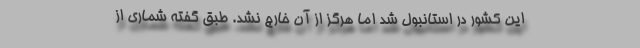
این کشور در استانبول شد اما هرگز از آن خارج نشد. طبق گفته شماری از